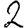
Digit: 2